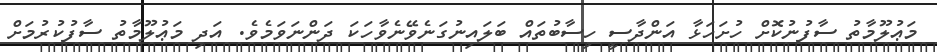
މަޢުލޫމާތު ސާފުނުކޮށް ހުށަހަޅާ އަންދާސީ ހިސާބުތައް ބަލައިނުގަނެވޭނެވާހަކަ ދަންނަވަމެވެ. އަދި މަޢުލޫމާތު ސާފުކުރުމަށް